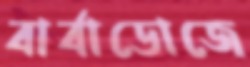
বার্বাডোজে